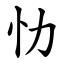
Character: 忇